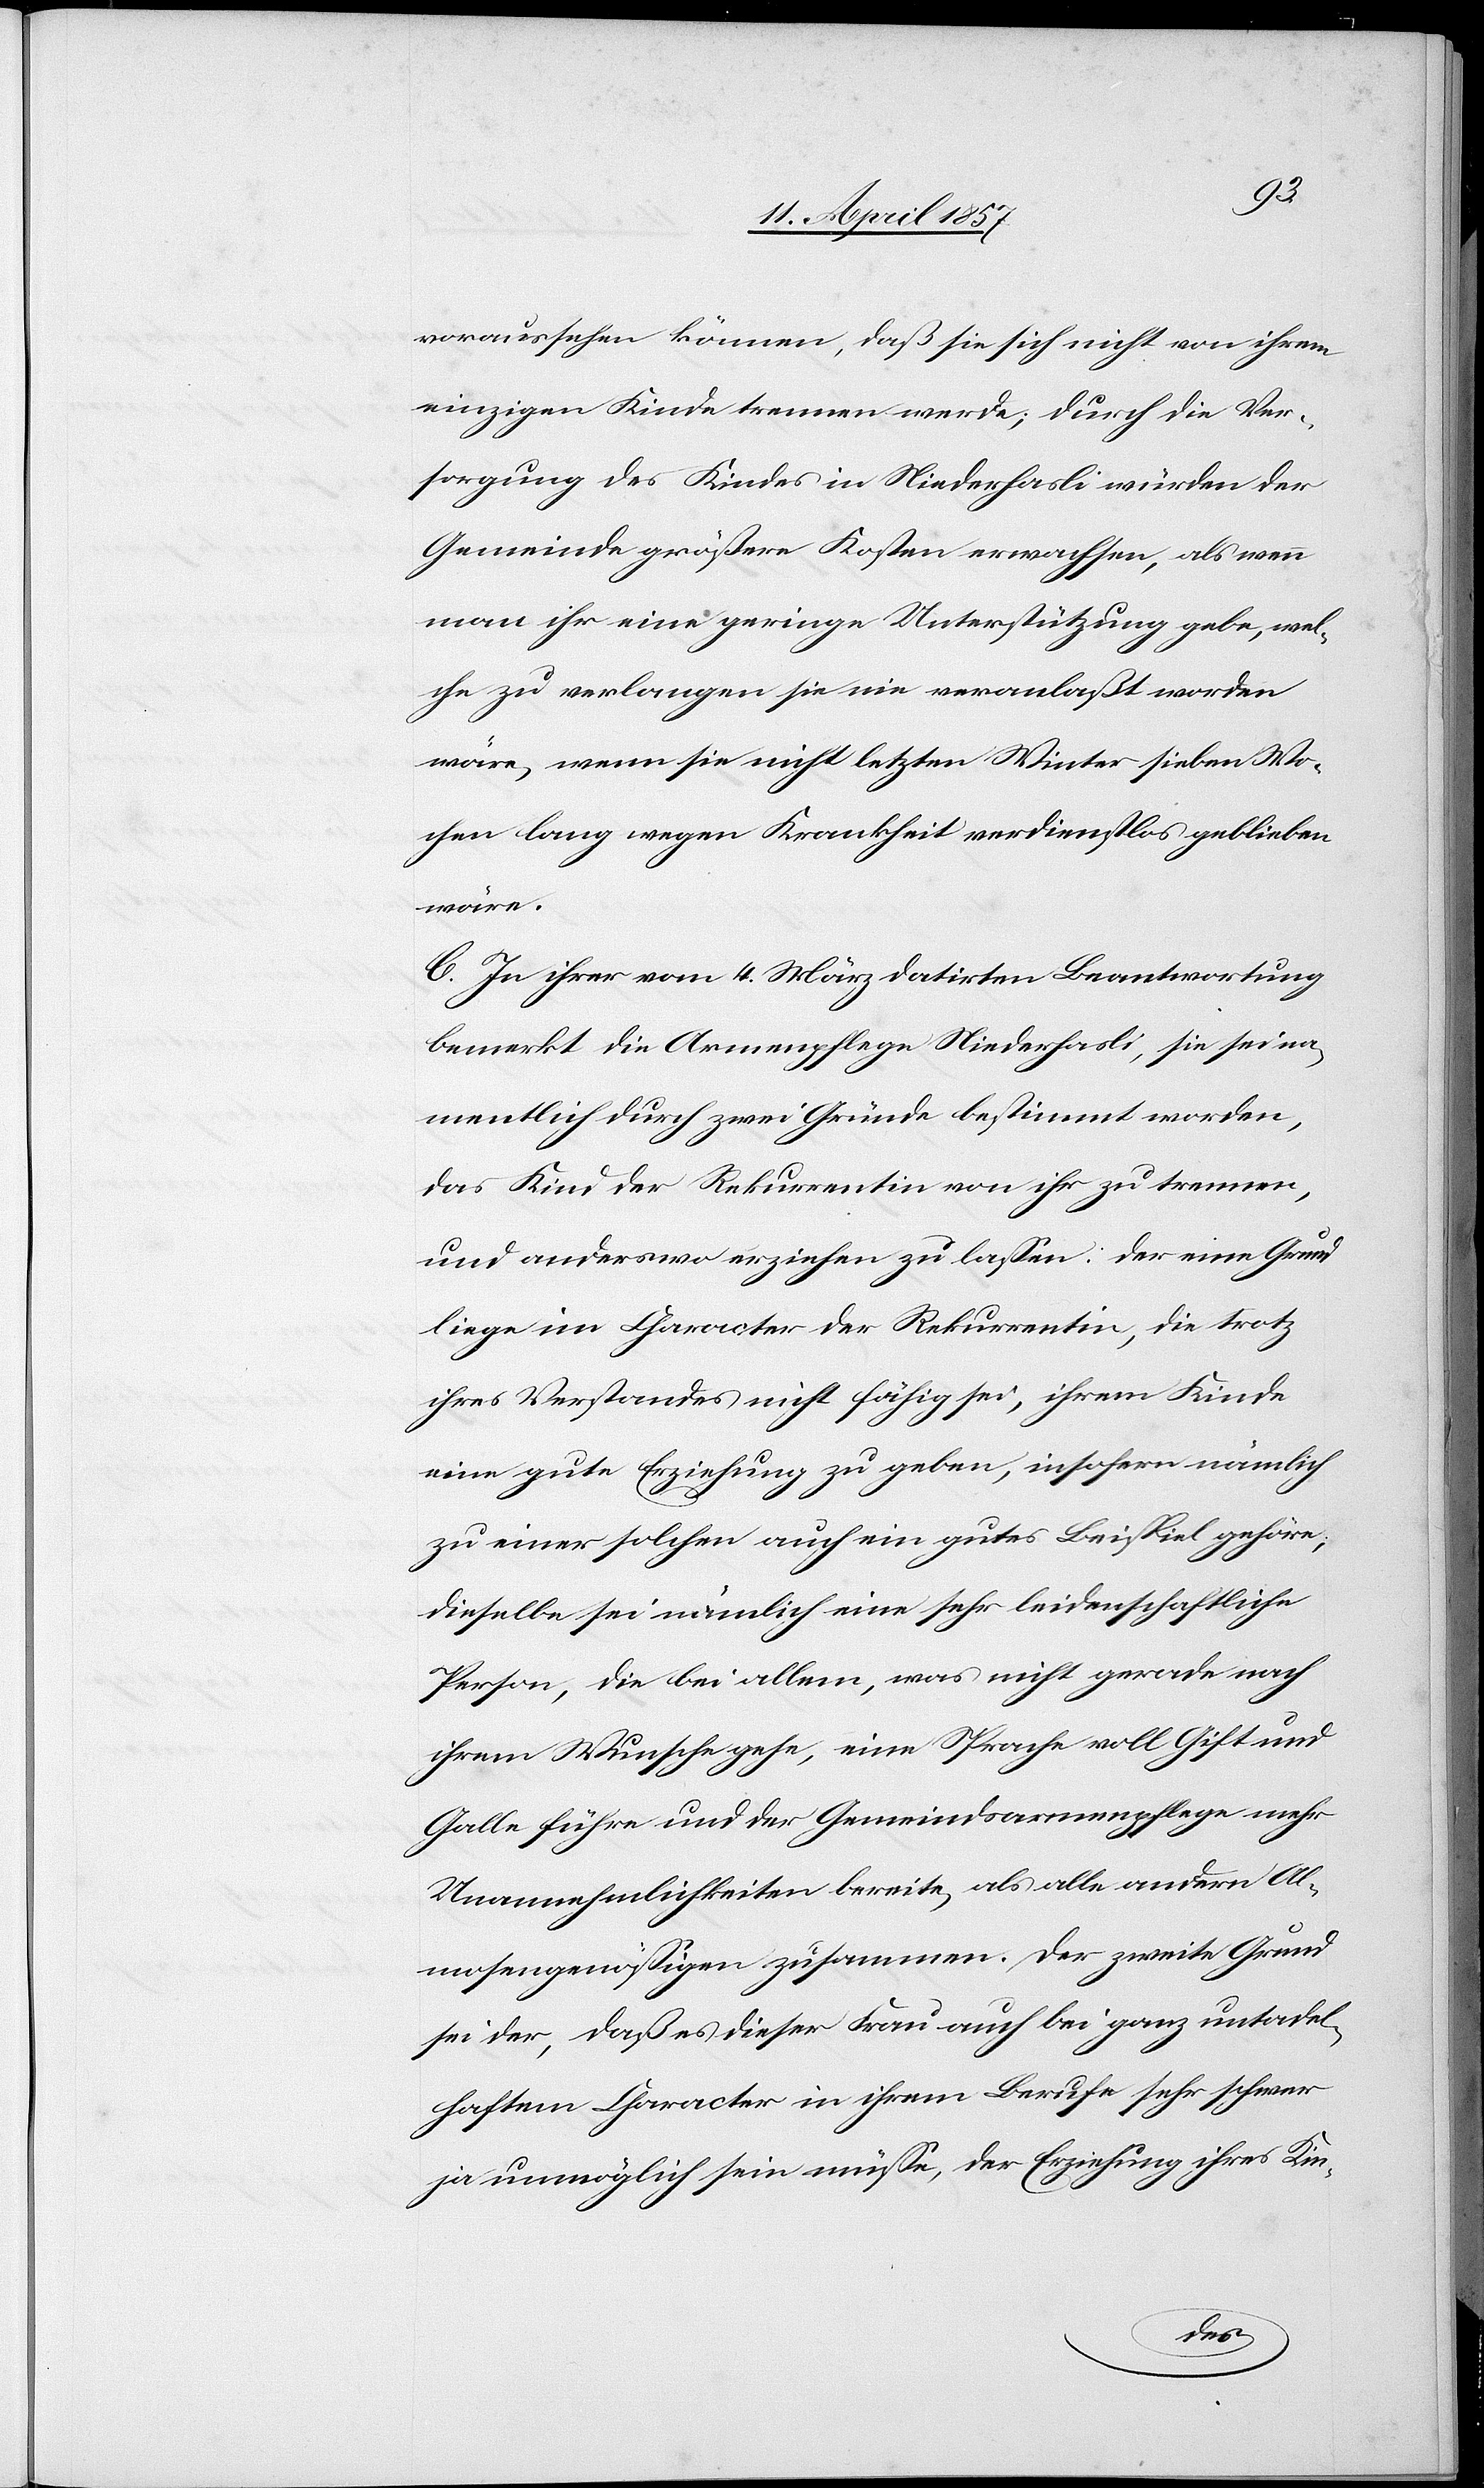
voraussehen können, daß sie sich nicht von ihrem
einzigen Kinde trennen werde; durch die Ver¬
sorgung des Kindes in Niederhasli würden der
Gemeinde größere Kosten erwachsen, als wenn
man ihr eine geringe Unterstützung gebe, wel¬
che zu verlangen sie nie veranlaßt worden
wäre, wenn sie nicht letzten Winter sieben Wo¬
chen lang wegen Krankheit verdienstlos geblieben
wäre.
C. In ihrer vom 4. März datirten Beantwortung
bemerkt die Armenpflege Niederhasli, sie sei na¬
mentlich durch zwei Gründe bestimmt worden,
das Kind der Rekurrentin von ihr zu trennen,
und anderswo erziehen zu lassen: Der eine Grund
liege im Character der Rekurrentin, die trotz
ihres Verstandes nicht fähig sei, ihrem Kinde
eine gute Erziehung zu geben, insofern nämlich
zu einer solchen auch ein gutes Beispiel gehöre,
dieselbe sei nämlich eine sehr leidenschaftliche
Person, die bei allem, was nicht gerade nach
ihrem Wunsche gehe, eine Sprache voll Gift und
Galle führe und der Gemeindsarmenpflege mehr
Unannehmlichkeiten bereite, als alle andern Al¬
mosengenössigen zusammen. Der zweite Grund
sei der, daß es dieser Frau auch bei ganz untadel¬
haftem Character in ihrem Berufe sehr schwer
ja unmöglich sein müsse, der Erziehung ihres Kin-